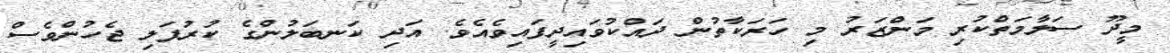
މީދޫ ސަލާމަތްކުރި މަންޒަރު މި ހަރަކާތުން ދައްކުވައިދީފައިވެއެވެ. އަދި ކަނބަލުންގެ ކުރުފަލި ޖެހުންވެސް